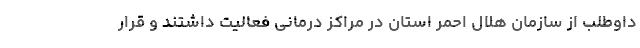
داوطلب از سازمان هلال احمر استان در مراکز درمانی فعالیت داشتند و قرار